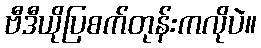
ဗီဒီယိုပြစက်တုန်းကလိုပဲ။